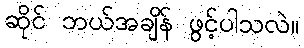
ဆိုင် ဘယ်အချိန် ဖွင့်ပါသလဲ။